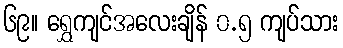
၆၉။ ရွှေကျင်အလေးချိန် ၀.၅ ကျပ်သား